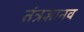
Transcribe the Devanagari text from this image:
तंत्रज्ञानव